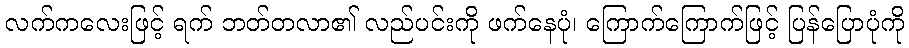
လက်ကလေးဖြင့် ရက် ဘတ်တလာ၏ လည်ပင်းကို ဖက်နေပုံ၊ ကြောက်ကြောက်ဖြင့် ပြန်ပြောပုံကို